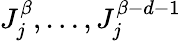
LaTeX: J_{j}^{\beta},\ldots,J_{j}^{\beta-d-1}